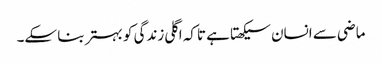
ماضی سے انسان سیکھتا ہے تاکہ اگلی زندگی کو بہتر بنا سکے۔